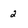
Character: 2